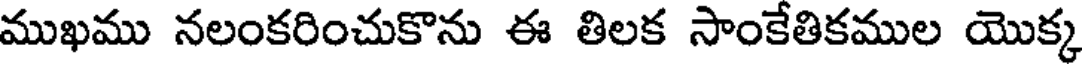
ముఖము నలంకరించుకొను ఈ తిలక సాంకేతికముల యొక్క